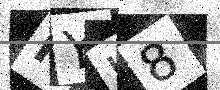
Text: RYJ8